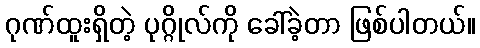
ဂုဏ်ထူးရှိတဲ့ ပုဂ္ဂိုလ်ကို ခေါ်ခဲ့တာ ဖြစ်ပါတယ်။